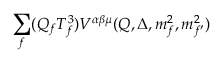
{ \sum _ { f } } ( { Q _ { f } } { T _ { f } ^ { 3 } } ) { V ^ { \alpha \beta \mu } } ( Q , \Delta , { m _ { f } ^ { 2 } } , { m _ { { f ^ { \prime } } } ^ { 2 } } )